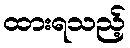
ထားရသည့်